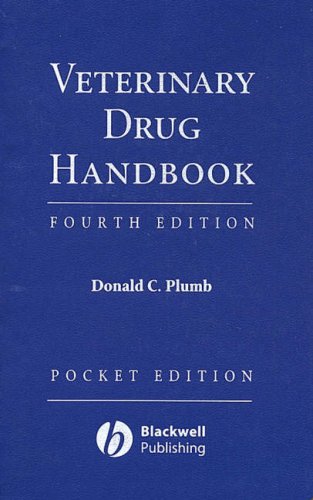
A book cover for Veterinary Drug Handbook (Pocket Edition); Donald C. Plumb; Medical Books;